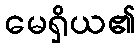
မေရှိယ၏